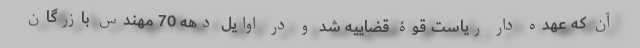
آن که عهده دار ریاست قوۀ قضاییه شد و در اوایل دهه 70 مهندس بازرگان